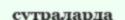
сутраларда